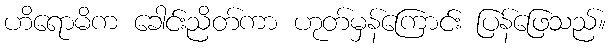
ဟိရောမိက ခေါင်းညိတ်ကာ ဟုတ်မှန်ကြောင်း ပြန်ဖြေသည်။